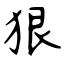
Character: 狠